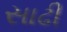
સાઢી